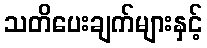
သတိပေးချက်များနှင့်